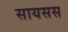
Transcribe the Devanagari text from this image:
सायसस